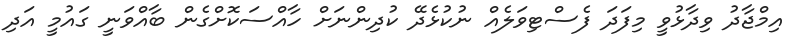
އިމްޖާދު ވިދާޅުވީ މިފަދަ ފެސްޓިވަލެއް ނުކުޅެދޭ ކުދިންނަށް ހާއްސަކޮށްގެން ބާއްވަނީ ގައުމީ އަދި